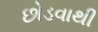
છોડવાથી